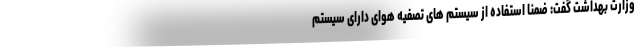
وزارت بهداشت گفت: ضمنا استفاده از سیستم های تصفیه هوای دارای سیستم